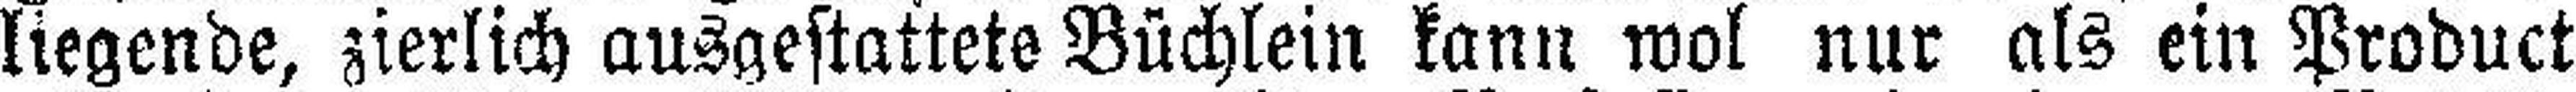
liegende, zierlich ausgestattete Büchlein kann wol nur als ein Product